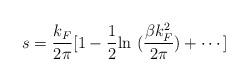
LaTeX: \begin{align*}s = {k_F \over 2\pi}[1 - {1\over 2} {\rm ln}~({\beta k_F^2 \over 2 \pi})+ \cdots]\end{align*}